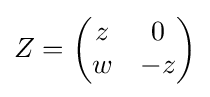
Z={\begin{pmatrix}z&0\\w&-z\end{pmatrix}}